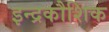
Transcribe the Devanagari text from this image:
इन्द्रकौशिक